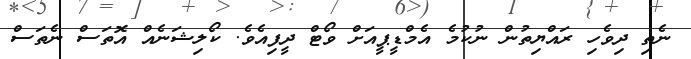
ނެތި ދިވެހި ރައްޔިތުން ނުކުމެ އެމްޑީޕީއަށް ވޯޓް ދީފިއެވެ. ކޯލިޝަނެއް އޮތަސް ނެތަސް